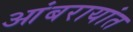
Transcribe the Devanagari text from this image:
आंबरायांत